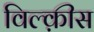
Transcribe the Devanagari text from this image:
विल्क़ीस